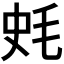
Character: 𣭂